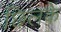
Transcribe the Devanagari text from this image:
छिलकें